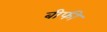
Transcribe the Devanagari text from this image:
बीफी